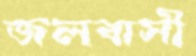
জলবাসী